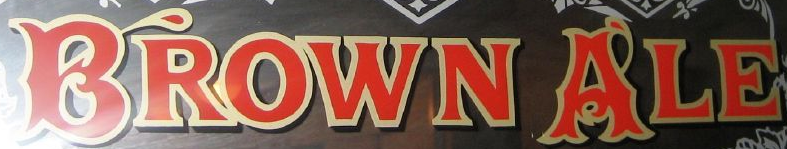
BROWN ALE